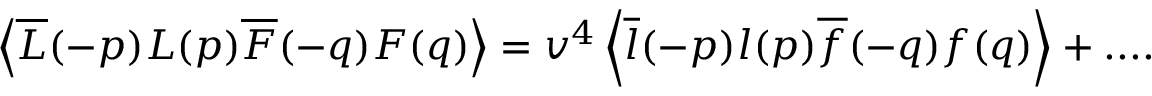
\left\langle \overline { { L } } ( - p ) L ( p ) \overline { { F } } ( - q ) F ( q ) \right\rangle = v ^ { 4 } \left\langle \overline { { l } } ( - p ) l ( p ) \overline { { f } } ( - q ) f ( q ) \right\rangle + . . . .